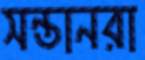
সন্তানরা